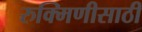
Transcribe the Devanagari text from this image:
रुक्मिणीसाठी